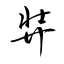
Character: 弉